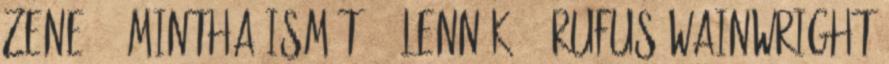
Zene - „Mintha ismét 14 lennék” - Rufus Wainwright